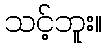
သင့်ဘူး။